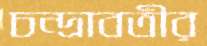
চন্দ্রাবতীর